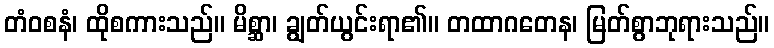
တံဝစနံ၊ ထိုစကားသည်။ မိစ္ဆာ၊ ချွတ်ယွင်းရာ၏။ တထာဂတေန၊ မြတ်စွာဘုရားသည်။